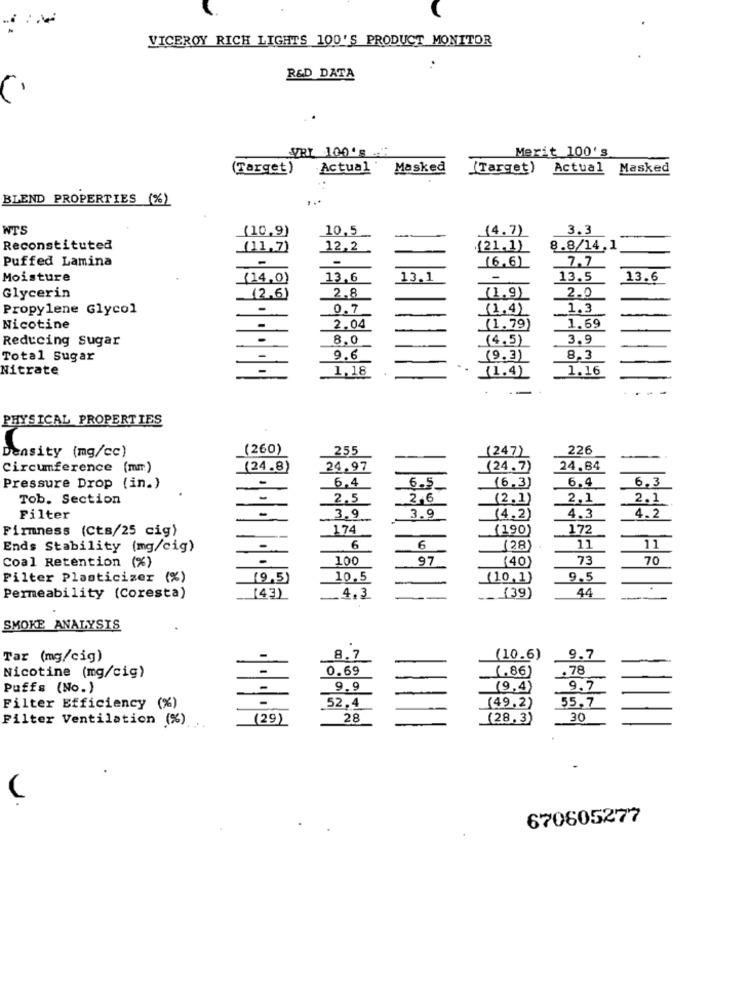
VICEROY RICH LIGHTS 100'S PRODUCT MONITOR
R&D DATA
C
VRY 100's ."
Merit 100's
(Target)
Actual Masked
(Target) Actual Masked
BLEND PROPERTIES (%)
WTS
(10,9)
10,5
(4.7)
3.3
-
Reconstituted
(11,7)
12,2
{21.1)
8.8/14, 1
Puffed Lamina
7.7
(6,6)
Moisture
(14,0)
13.6
13.1
-
13.5
13.6
2.8
Glycerin
(2.6)
(1,9)
2.0
Propylene Glycol
-
0.7
(1.4)
1.3
1.69
Nicotine
-
2.04
(1,79)
Reducing sugar
-
8.0
(4.5)
3.9
-
Total Sugar
-
9.6
(9.3)
8.3
Nitrate
1,18
(1.4)
1.16
--
PHYSICAL PROPERTIES
(260)
255
(247)
226
Density (mg/cc)
..
Circumference (mm)
(24.8)
24.97
(24.7)
24.84
-
6.4
6.5
6.4
6.3
Pressure Drop (in.)
(6,3)
Tob. Section
2.5
2.6
(2.1)
2.1
2.1
-
Filter
3,9
3.9
(4.2)
4.3
4. 2
Firmness (Cts/25 cig)
174
(190)
172
Ends Stability (mg/cig)
6
6
(28)
11
11
100
97
(40)
73
70
Coal Retention (%)
Filter Plasticizer (%)
(9.5)
10.5
(10,1)
9.5
44
Permeability (Coresta)
(43)
_4. 3
(39)
-
SMOKE ANALYSIS
Tar (mg/cig)
8.7
(10.6)
9.7
0.69
(.86)
.78
Nicotine (mg/cig)
Puffs (No.)
9.9
(9,4)
9.7
-
Filter Efficiency (%)
_52,4
(49,2)
55,7
Filter Ventilation (%)
(29)
28
(28.3)
30
670605277